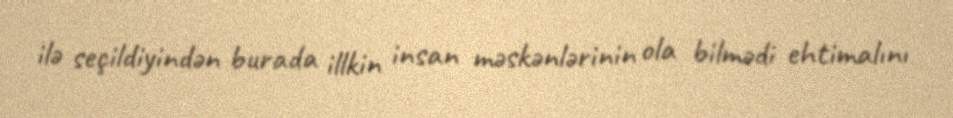
ilə seçildiyindən burada illkin insan məskənlərinin ola bilmədi ehtimalını